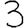
Digit: 3